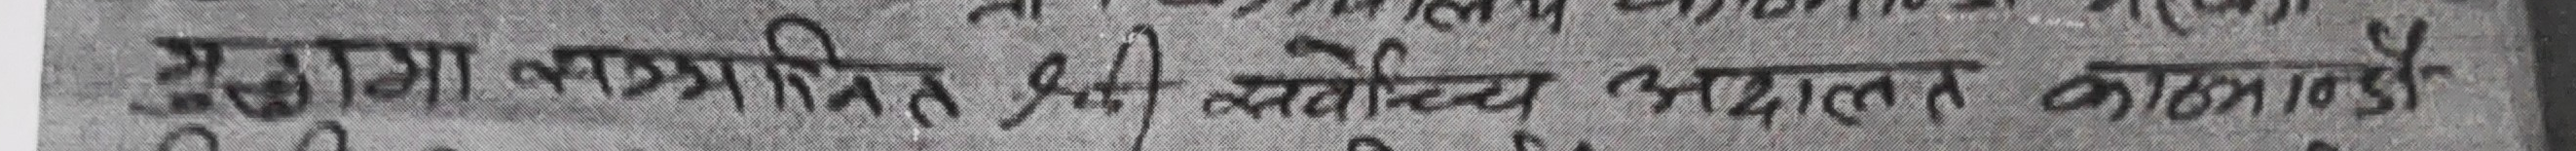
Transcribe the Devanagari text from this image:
प्र.०मा बयालिस (५२) सर्वोच्च अदालत काठमाडौं